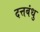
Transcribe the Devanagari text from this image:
दत्तबंधु